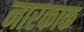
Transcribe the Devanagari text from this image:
नारकाक